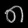
Digit: ၈